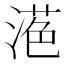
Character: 𱧷